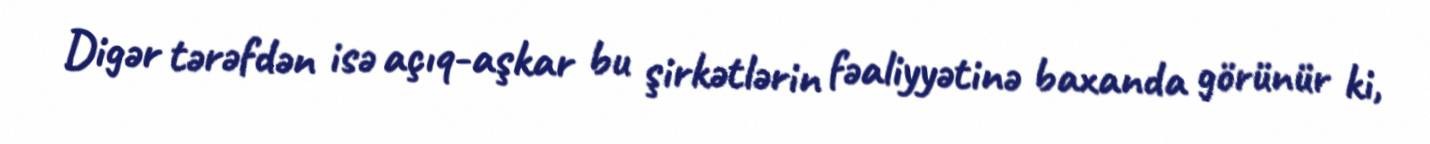
Digər tərəfdən isə açıq-aşkar bu şirkətlərin fəaliyyətinə baxanda görünür ki,